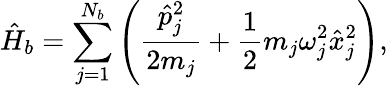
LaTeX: \hat{H}_{b}=\sum_{j=1}^{N_{b}}\left(\frac{\hat{p}_{j}^{2}}{2m_{j}}+\frac{1}{2}m_{j}\omega_{j}^{2}\hat{x}_{j}^{2}\right),